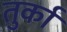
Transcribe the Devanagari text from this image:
तुर्कां